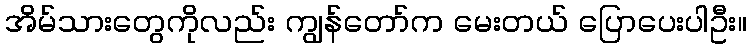
အိမ်သားတွေကိုလည်း ကျွန်တော်က မေးတယ် ပြောပေးပါဦး။